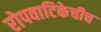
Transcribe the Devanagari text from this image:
रोपवाटिकेचीच